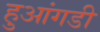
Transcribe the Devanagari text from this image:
हुआंगडी